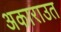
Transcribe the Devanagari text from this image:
अकाराउत